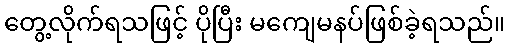
တွေ့လိုက်ရသဖြင့် ပိုပြီး မကျေမနပ်ဖြစ်ခဲ့ရသည်။